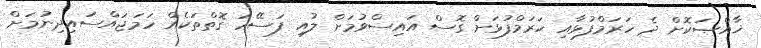
ޚާއްޞަކޮށް ދެ ހަރަމްފުޅާއި ހަރަމްފުޅަށް ގޮސް އައިސްވުމަށް ލުއި ފަސޭހަ ގޮތްތަކެއް ހަމަޖައްސައިދިނުމަށް